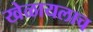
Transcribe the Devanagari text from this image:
खेळायलाच